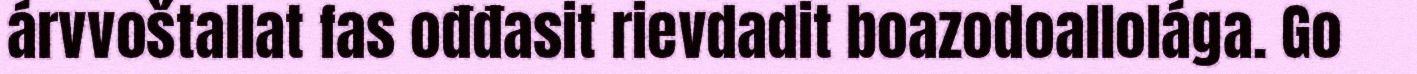
árvvoštallat fas ođđasit rievdadit boazodoallolága. Go